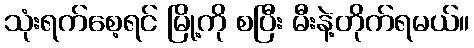
သုံးရက်စေ့ရင် မြို့ကို စပြီး မီးနဲ့တိုက်ရမယ်။